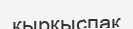
қырқыспақ